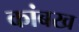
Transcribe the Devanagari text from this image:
कांबख